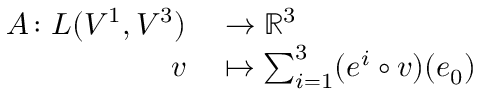
\begin{array} { r l } { A \colon L ( V ^ { 1 } , V ^ { 3 } ) } & { { } \to \mathbb R ^ { 3 } } \\ { v } & { { } \mapsto \sum _ { i = 1 } ^ { 3 } ( e ^ { i } \circ v ) ( e _ { 0 } ) } \end{array}